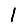
Digit: 1